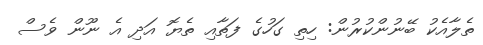
ތެލާއެކު ބޭނުންކުރުން: ހިތި ގަހުގެ ފަތާއި ތެޔޮ އަދި އެ ނޫން ވެސް